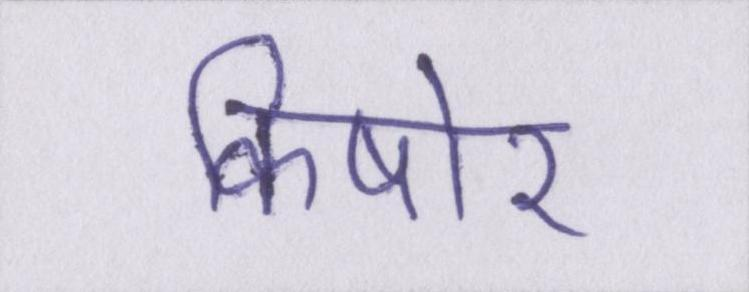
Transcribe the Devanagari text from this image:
किषोर